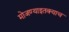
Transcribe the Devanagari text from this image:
मोजण्याइतक्याच